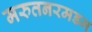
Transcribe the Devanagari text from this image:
मरुतनरमडम